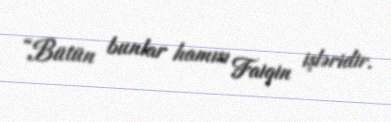
“Bütün bunlar hamısı Faiqin işləridir.